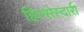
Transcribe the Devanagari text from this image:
हिस्सेस्दारी